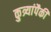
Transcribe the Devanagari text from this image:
कुत्र्यांपैकी